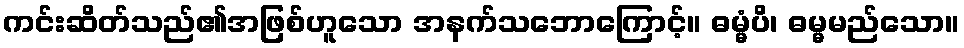
ကင်းဆိတ်သည်၏အဖြစ်ဟူသော အနက်သဘောကြောင့်။ ဓမ္မံပိ၊ ဓမ္မမည်သော။